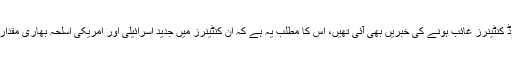
گذشتہ دنوں کراچی پورٹ سے نیٹو کے کئی لوڈ کنٹینرز غائب ہونے کی خبریں بھی آئی تھیں، اس کا مطلب یہ ہے کہ ان کنٹینرز میں جدید اسرائیلی اور امریکی اسلحہ بھاری مقدار میں کراچی کی کمین گاہوں میں پہنچ چکا ہے۔